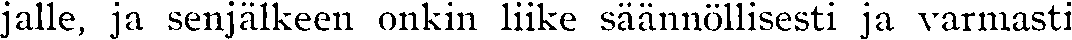
jalle, ja senjälkeen onkin liike säännöllisesti ja varmasti